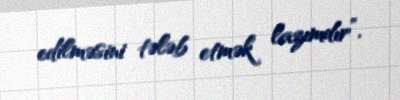
edilməsini tələb etmək lazımdır”.